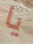
يا